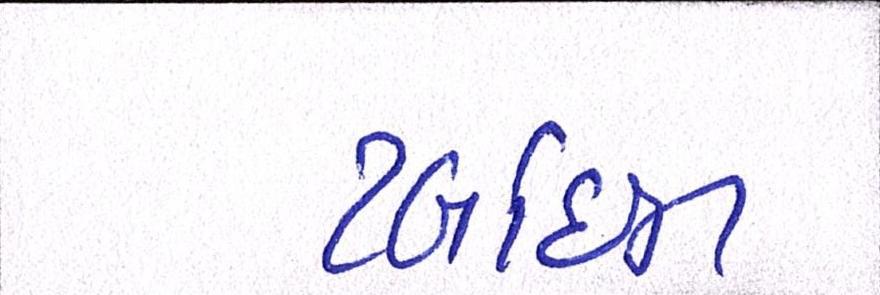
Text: ટર્બાઇન